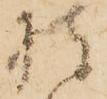
披